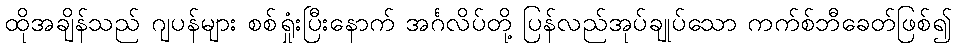
ထိုအချိန်သည် ဂျပန်များ စစ်ရှုံးပြီးနောက် အင်္ဂလိပ်တို့ ပြန်လည်အုပ်ချုပ်သော ကက်စ်ဘီခေတ်ဖြစ်၍